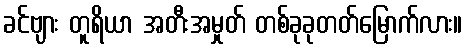
ခင်ဗျား တူရိယာ အတီးအမှုတ် တစ်ခုခုတတ်မြောက်လား။